Civil Veterinary Department Bengal reports 1923-33 - 1923-1933
Year: 1923
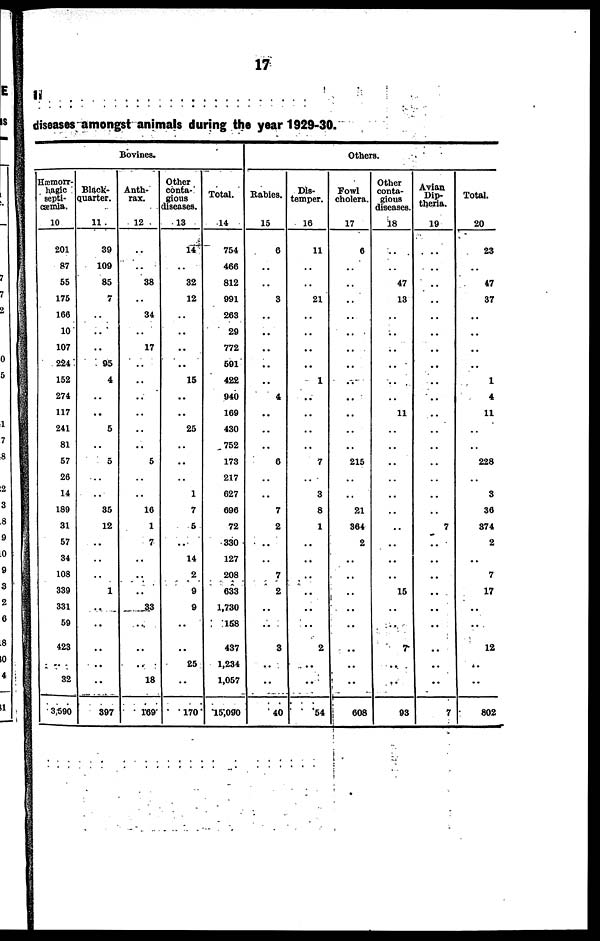
17
diseases amongst animals during the year 1929-30.
Bovines.
Hæmorr-
hagic
septi-
cæmia.
10
201
87
55
175
166
10
107
224
152
274
117
241
81
67
26
14
180
31
57
34
108
330
331
59
423
32
3590
Black-
quarter.
11
39
100
85
7
..
..
..
95
4
..
..
6
..
5
..
..
35
12
..
..
..
1
..
..
..
..
..
397
Anth-
rax.
12
..
..
38
..
34
..
17
..
..
..
..
..
..
6
..
..
16
1
7
..
..
..
33
..
..
..
18
169
Other
conta-
gious
diseases.
13
14
..
82
12
..
..
..
..
16
..
..
26
..
..
..
1
7
6
..
14
2
9
9
..
..
25
..
170
Total.
14
754
466
812
991
203
29
772
591
422
940
169
430
752
173
217
027
696
72
330
127
208
633
1,730
158
437
1,234
1,057
15,090
Others.
Rabies.
15
6
..
..
3
..
..
..
..
..
4
..
..
..
6
..
..
7
2
..
..
7
2
..
..
8
..
..
40
Dis-
temper.
16
11
..
..
21
..
..
..
..
1
..
..
..
..
7
..
3
8
1
..
..
..
..
..
..
2
..
..
64
Fowl
cholera.
17
6
..
..
..
..
..
..
..
..
..
..
..
..
215
..
..
21
364
2
..
..
..
..
..
..
..
..
608
Other
conta-
gious
diseases
18
..
..
47
13
..
..
..
..
..
..
11
..
..
..
..
..
..
..
..
..
..
16
..
..
7
..
..
93
Avian
Dip-
theria.
19
..
..
..
..
..
..
..
..
..
..
..
..
..
..
..
..
..
7
..
..
..
..
..
..
..
..
..
7
Total.
20
23
..
47
37
..
..
..
..
1
4
11
..
..
228
..
3
36
874
2
..
7
17
..
..
12
..
..
802